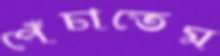
পেঁচাতেম